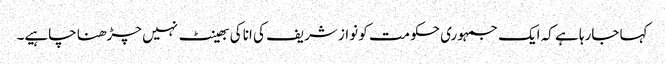
کہا جارہا ہے کہ ایک جمہوری حکومت کو نواز شریف کی انا کی بھینٹ نہیں چڑھنا چاہیے۔